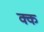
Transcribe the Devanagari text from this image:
क्क